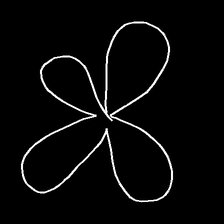
Glyph: billowing